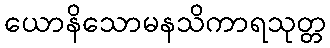
ယောနိသောမနသိကာရသုတ္တ